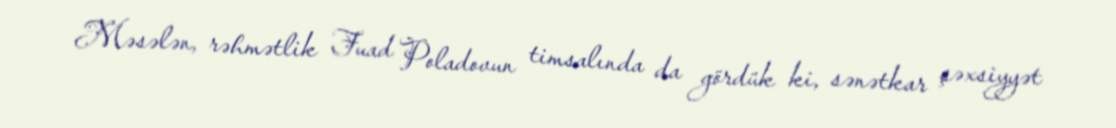
Məsələn, rəhmətlik Fuad Poladovun timsalında da gördük ki, sənətkar şəxsiyyət